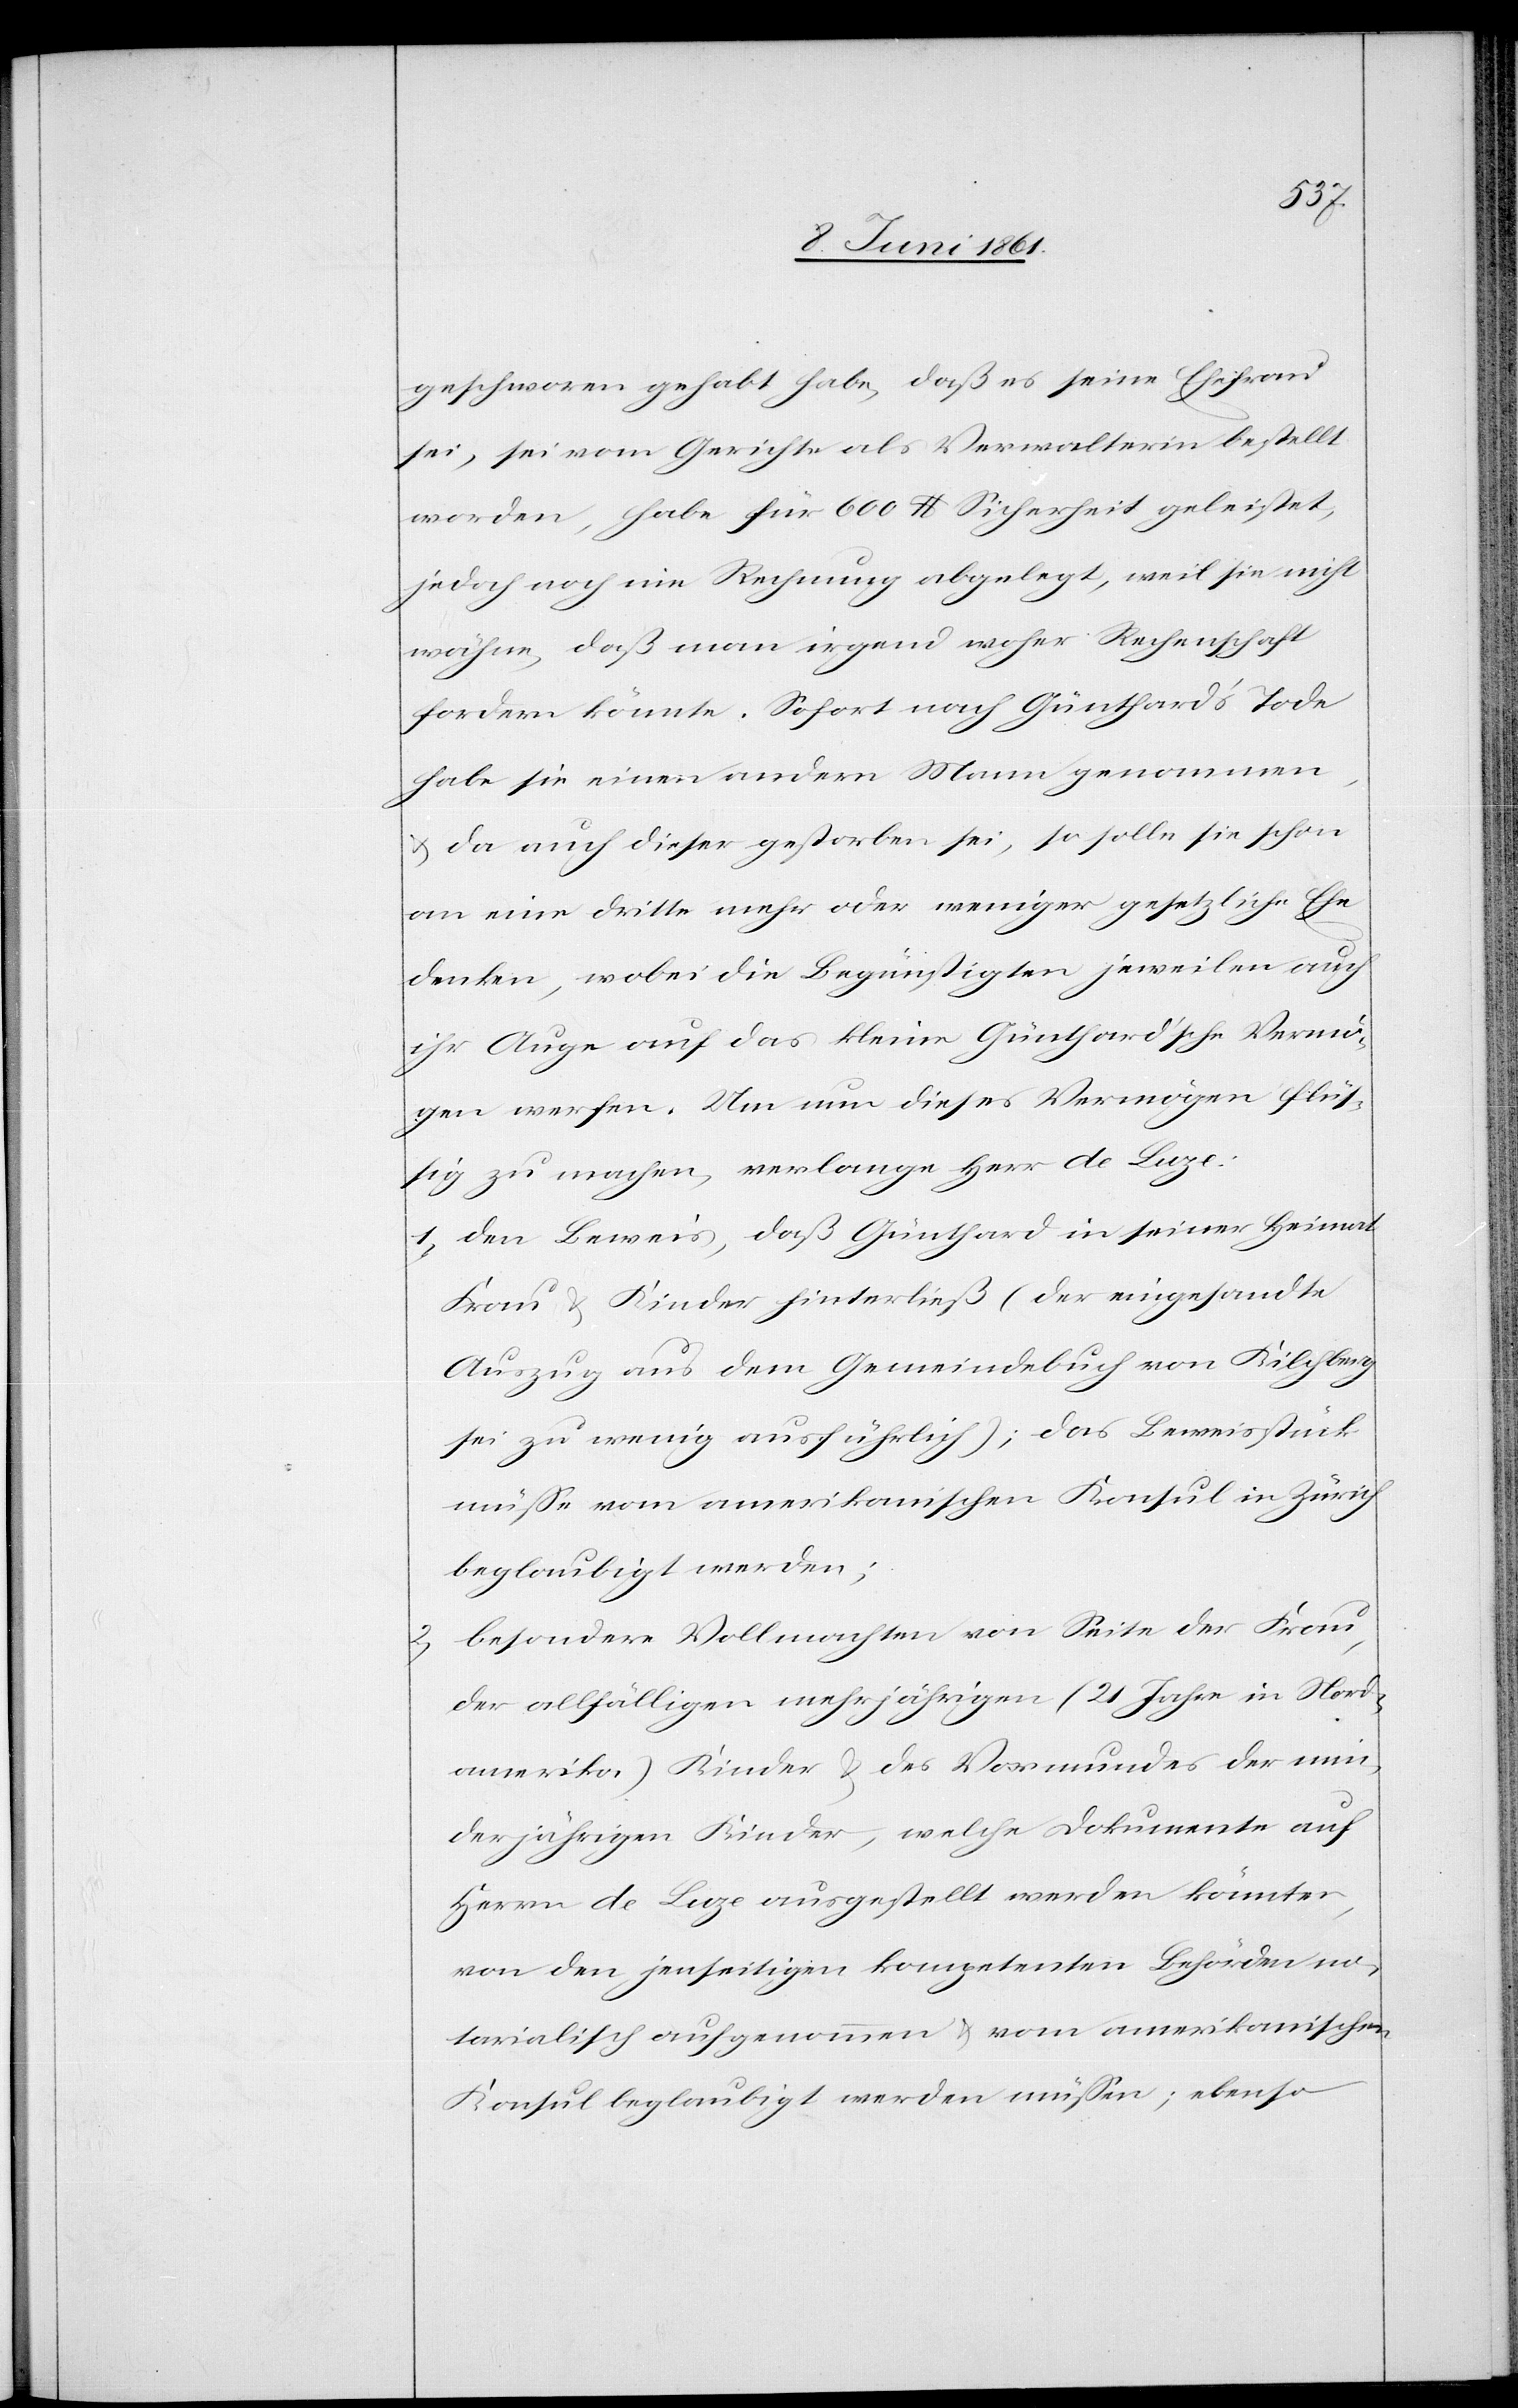
geschworen gehabt habe, daß es seine Ehefrau
sei, sei vom Gerichte als Verwalterin bestellt
worden, habe für 600 $ Sicherheit geleistet,
jedoch noch nie Rechnung abgelegt, weil sie nicht
wähne, daß man irgend woher Rechenschaft
fordern könnte. Sofort nach Günthard’s Tode
habe sie einen andern Mann genommen,
u. da auch dieser gestorben sei, so solle sie schon
an eine dritte mehr oder weniger gesetzliche Ehe
denken, wobei die Begünstigten jeweilen auch
ihr Auge auf das kleine Günthard’sche Vermö¬
gen werfen. Um nun dieses Vermögen flüs¬
sig zu machen, verlange Herr de Luze:
1. den Beweis, daß Günthard in seiner Heimat
Frau u. Kinder hinterließ (der eingesandte
Auszug aus dem Gemeindebuch von Kilchberg
sei zu wenig ausführlich), das Beweisstück
müsse vom amerikanischen Konsul in Zürich
beglaubigt werden;
2. besondere Vollmachten von Seite der Frau,
der allfälligen mehrjährigen (21 Jahre in Nord¬
amerika) Kinder u. des Vormundes der min¬
derjährigen Kinder, welche Dokumente auf
Herrn de Luze ausgestellt werden könnten,
von den jenseitigen kompetenten Behörden no¬
tarialisch aufgenommen u. vom amerikanischen
Konsul beglaubigt werden müssen; ebenso